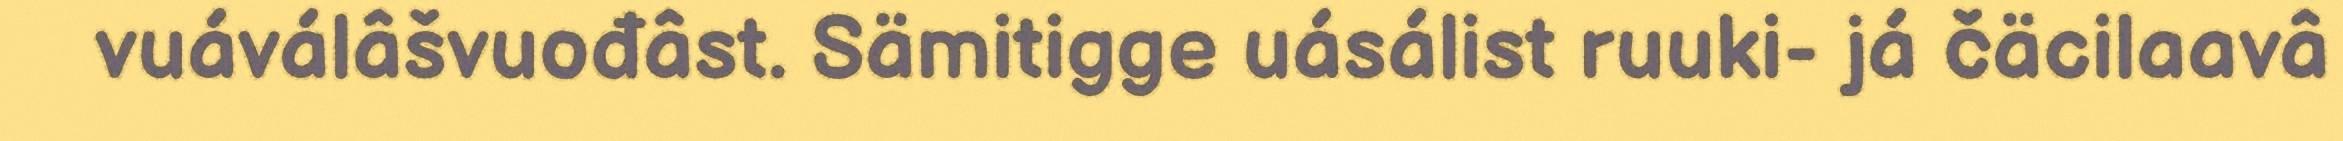
vuáválâšvuođâst. Sämitigge uásálist ruuki- já čäcilaavâ